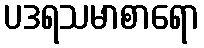
ပဒရသမာစာရော